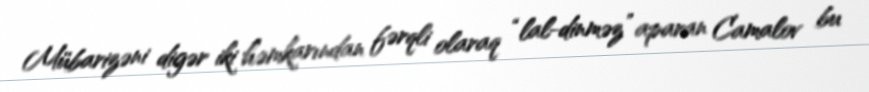
Mübarizəni digər iki həmkarından fərqli olaraq “lal-dinməz” aparan Camalov bu